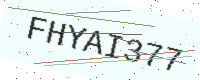
Text: FHYAI377